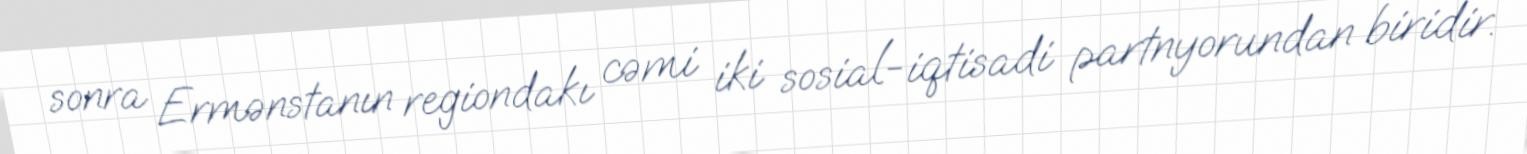
sonra Ermənstanın regiondakı cəmi iki sosial-iqtisadi partnyorundan biridir.